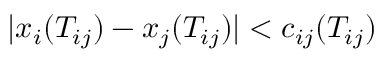
| x _ { i } ( T _ { i j } ) - x _ { j } ( T _ { i j } ) | < c _ { i j } ( T _ { i j } )